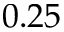
0 . 2 5